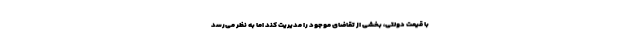
با قیمت دولتی، بخشی از تقاضای موجود را مدیریت کند اما به نظر می‌رسد